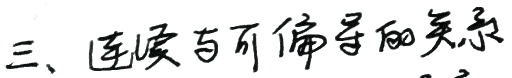
三、连续与可偏导的关系